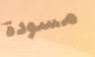
مسودة